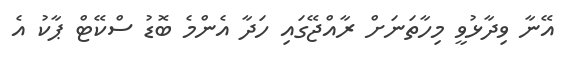
އޭނާ ވިދާޅުވީ މިހާތަނަށް ރާއްޖޭގައި ހަދާ އެންމެ ބޮޑު ސްކޭޓް ޕާކު އެ